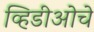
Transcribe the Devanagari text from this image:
व्हिडीओचे